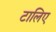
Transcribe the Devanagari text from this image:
टालिए